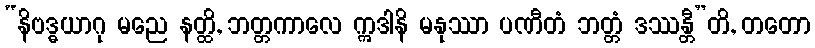
“နိဗဒ္ဓယာဂု မညေ နတ္ထိ, ဘတ္တကာလေ ဣဒါနိ မနုဿာ ပဏီတံ ဘတ္တံ ဒဿန္တီ”တိ, တတော